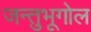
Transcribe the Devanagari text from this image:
जन्तुभूगोल